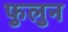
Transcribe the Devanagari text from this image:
फुलुन